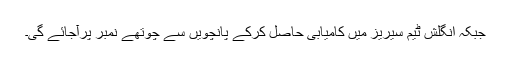
جبکہ انگلش ٹیم سیریز میں کامیابی حاصل کرکے پانچویں سے چوتھے نمبر پرآجائے گی۔